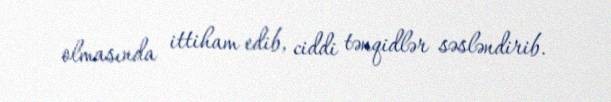
olmasında ittiham edib, ciddi tənqidlər səsləndirib.